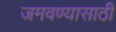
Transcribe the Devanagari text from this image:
जमवण्यासाठी